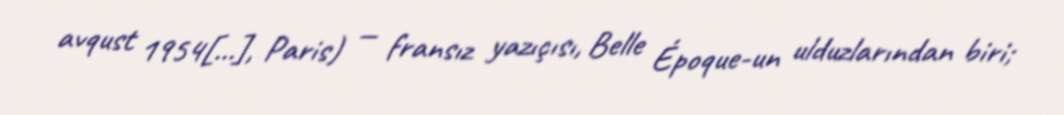
avqust 1954[…], Paris) — fransız yazıçısı, Belle Époque-un ulduzlarından biri;